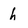
Character: h